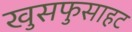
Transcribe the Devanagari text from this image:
खुसफुसाहट